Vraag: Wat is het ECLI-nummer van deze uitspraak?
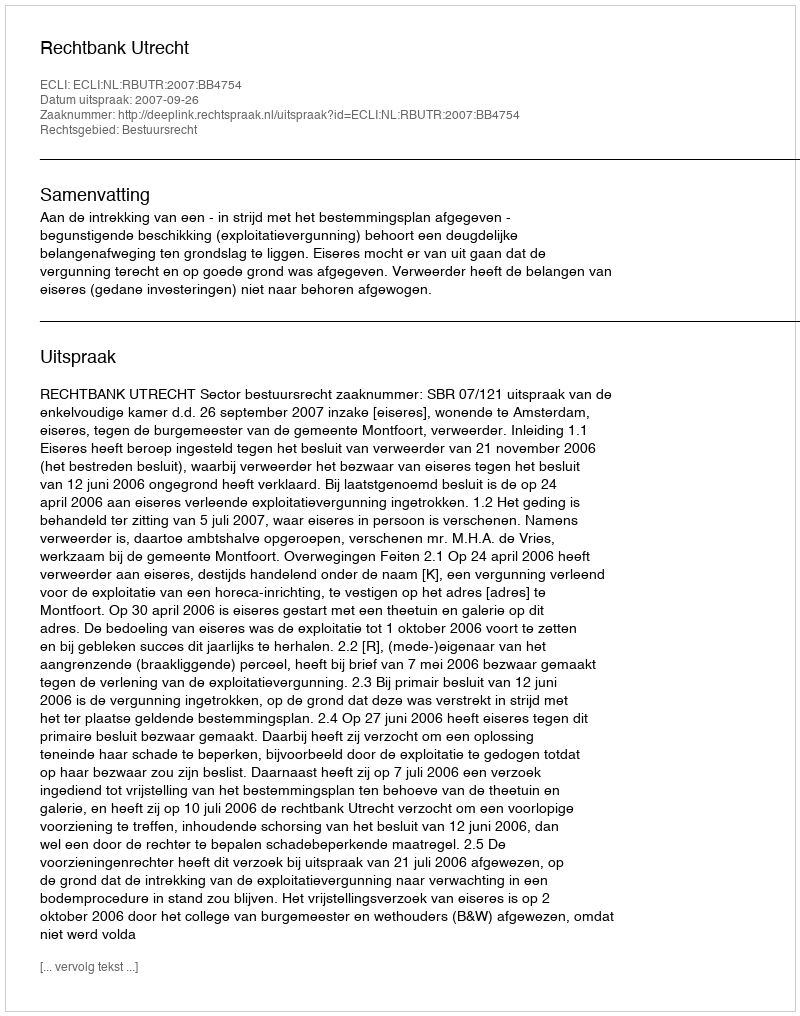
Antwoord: ECLI:NL:RBUTR:2007:BB4754